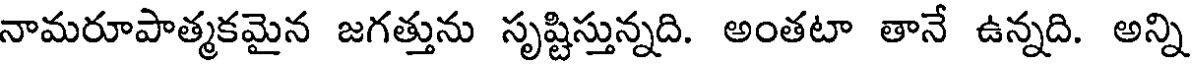
నామరూపాత్మకమైన జగత్తును సృష్టిస్తున్నది. అంతటా తానే ఉన్నది. అన్ని